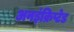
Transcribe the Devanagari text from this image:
अनइंक्रिप्टेड